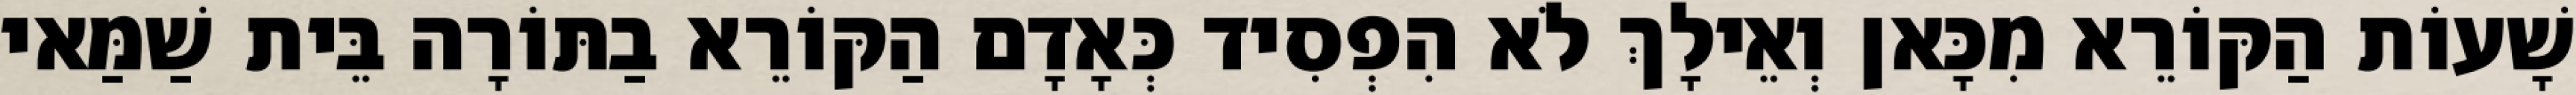
שָׁעוֹת הַקּוֹרֵא מִכָּאן וְאֵילָךְ לֹא הִפְסִיד כְּאָדָם הַקּוֹרֵא בַתּוֹרָה בֵּית שַׁמַּאי